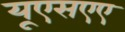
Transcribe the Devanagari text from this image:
यूएसएए